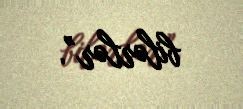
bilərlər”.